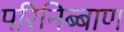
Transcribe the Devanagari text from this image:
परिनिब्बाण